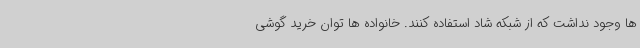
ها وجود نداشت که از شبکه شاد استفاده کنند. خانواده ها توان خرید گوشی